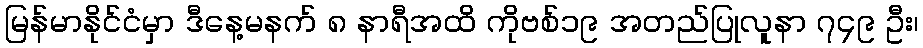
မြန်မာနိုင်ငံမှာ ဒီနေ့မနက် ၈ နာရီအထိ ကိုဗစ်၁၉ အတည်ပြုလူနာ ၇၄၉ ဦး၊